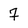
Character: 7